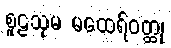
စူဠသုမ မထေရ်ဝတ္ထု